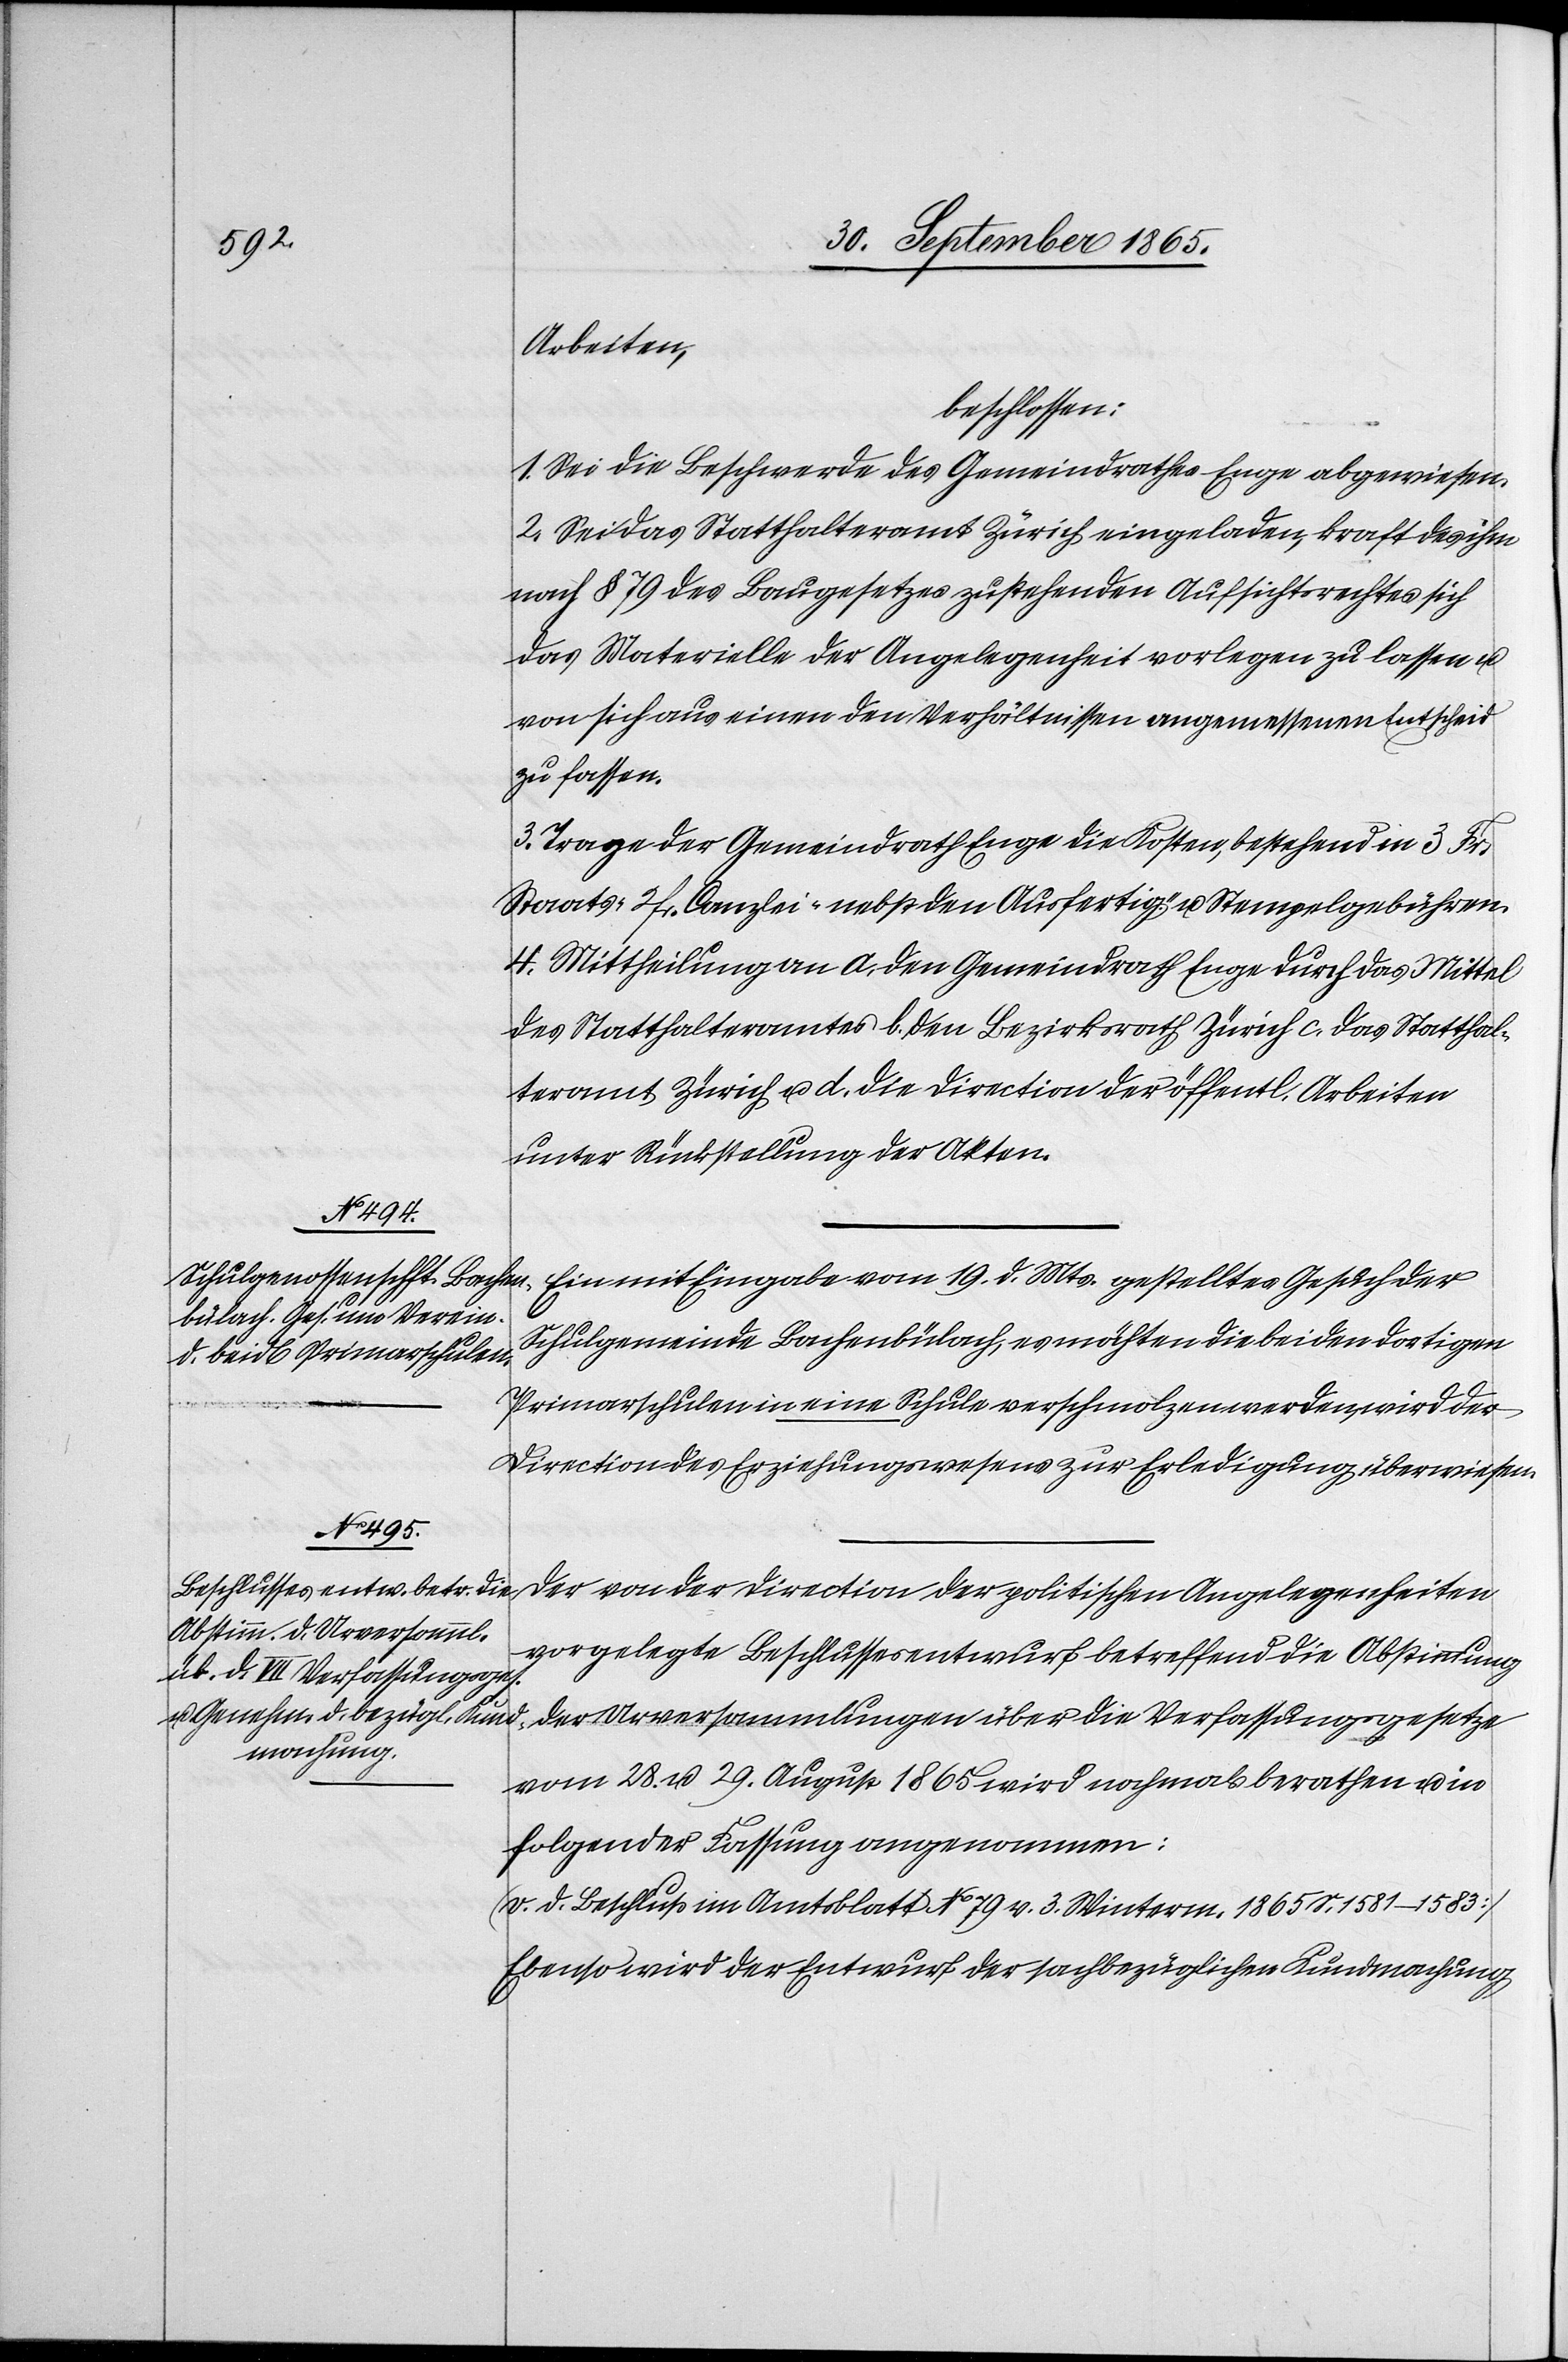
Arbeiten,
beschlossen:
1. Sei die Beschwerde des Gemeindrathes Enge abgewiesen.
2. Sei das Statthalteramt Zürich eingeladen, kraft des ihm
nach § 79 des Baugesetzes zustehenden Aufsichtsrechtes sich
das Materielle der Angelegenheit vorlegen zu lassen u.
von sich aus einen den Verhältnissen angemessenen Entscheid
zu fassen.
3. Trage der Gemeindrath Enge die Kosten, bestehend in 3 Fr.
Staats-[,] 2 fr. Canzlei- nebst den Ausfertig.- u. Stempelgebühren.
4. Mittheilung an a. den Gemeindrath Enge durch das Mittel
des Statthalteramtes b. den Bezirksrath Zürich c. das Statthal¬
teramt Zürich u. d. die Direction der öffentl. Arbeiten
unter Rückstellung der Akten.
Ein mit Eingabe vom 19. d. Mts. gestelltes Gesuch der
Schulgemeinde Bachenbülach, es möchten die beiden dortigen
Primarschulen in eine Schule verschmolzen werden, wird der
Direction des Erziehungswesens zur Erledigung überwiesen.
Der von der Direction der politischen Angelegenheiten
vorgelegte Beschlussesentwurf betreffend die Abstimmung
der Urversammlungen über die Verfassungsgesetze
vom 28. u. 29. August 1865 wird nochmals berathen u. in
folgender Fassung angenommen:
(v. d. Beschluß im Amtsblatt No 79 v. 3. Winterm. 1865 S. 1581–1583)
Ebenso wird der Entwurf der sachbezüglichen Kundmachung